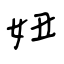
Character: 妞